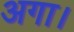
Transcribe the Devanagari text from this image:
अगा।